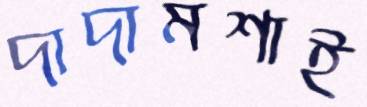
দাদামশাই